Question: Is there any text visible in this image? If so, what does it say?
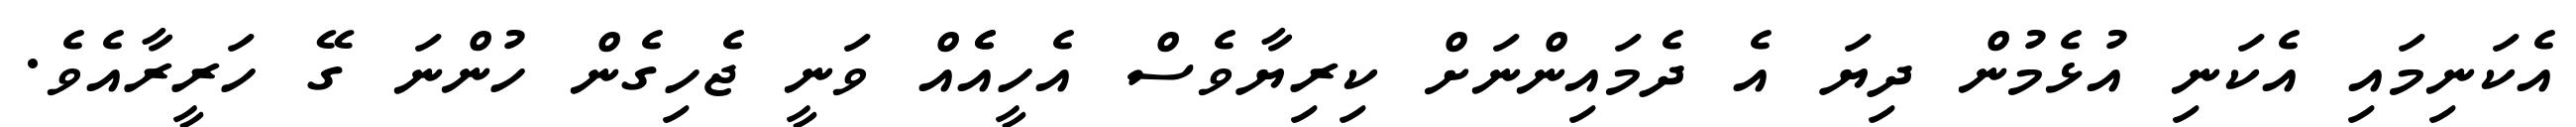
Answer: އެކަނިމައި އެކަނި އުޅެމުން ދިޔަ އެ ދެމައިންނަށް ކިރިޔާވެސް އެހީއެެއް ވަނީ ޖެހިގެން ހުންނަ ގޭ ހަރީރާއެވެ.